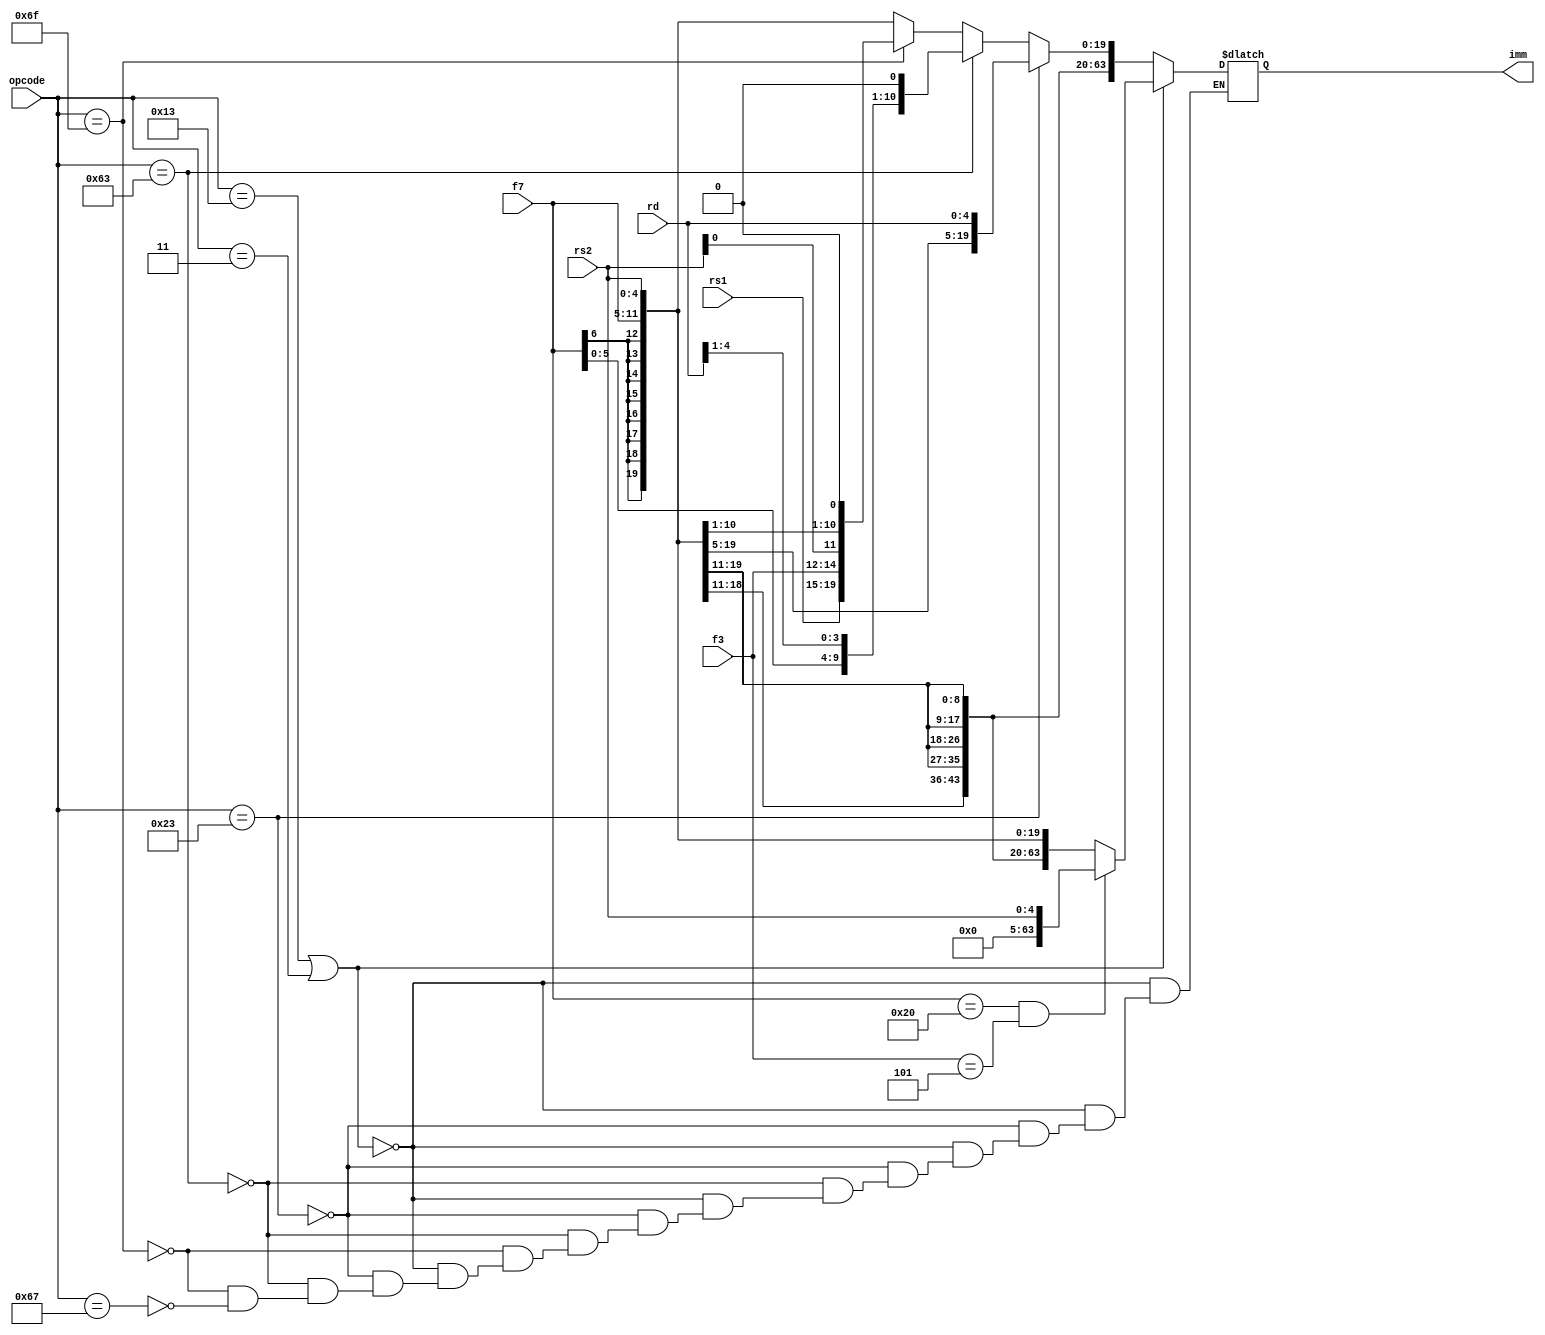
`timescale 1ns / 1ps
//////////////////////////////////////////////////////////////////////////////////
// Company: 
// Engineer: 
// 
// Design Name: 
// Module Name: Imm_Gen
// Project Name: 
// Target Devices: 
// Tool Versions: 
// Description: 
// 
// Dependencies: 
// 
// Revision:
// Revision 0.01 - File Created
// Additional Comments:
// 
//////////////////////////////////////////////////////////////////////////////////


module Imm_Gen(

input [6:0] f7,
input [4:0] rs2, rs1,
input [2:0] f3,
input [4:0] rd,
input [6:0] opcode,
output reg [63:0] imm
    );
    
    always @ (*) begin
    
        if(opcode == 7'b0010011 || opcode == 7'b0000011) begin  //I type
        
            if (f7 == 7'b0100000 && f3 == 3'b101) imm = rs2; // shamt
            
            else imm = $signed({f7, rs2});
        end
        else if(opcode == 7'b0100011) begin// S type
            imm = $signed({f7, rd});
        end
        else if(opcode == 7'b1100011) begin // B Type
            imm = $signed({f7[6], rd[0], f7[5:0], rd[4:1], 1'b0});
        end
        else if(opcode == 7'b1101111) begin // JAL
            imm = $signed({f7[6], rs1, f3, rs2[0], f7[5:0], rs2[4:1], 1'b0});
        end
        else if(opcode == 7'b1100111) begin // JALR
            imm = $signed({f7, rs2});
        end
    
    end
    
endmodule